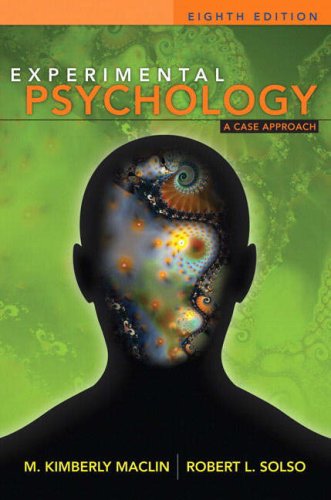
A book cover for Experimental Psychology: A Case Approach (8th Edition); M. Kimberly MacLin; Medical Books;